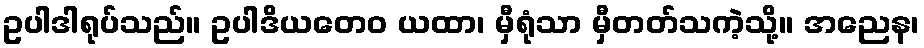
ဥပါဒါရုပ်သည်။ ဥပါဒိယတေဝ ယထာ၊ မှီရုံသာ မှီတတ်သကဲ့သို့။ အညေန၊